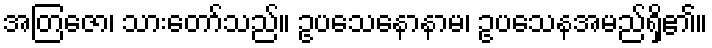
အတြဇော၊ သားတော်သည်။ ဥပသေနောနာမ၊ ဥပသေနအမည်ရှိ၏။